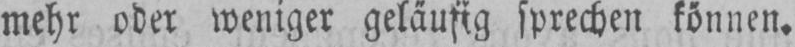
mehr oder weniger geläufig sprechen können.